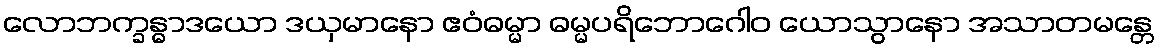
လောဘက္ခန္ဓာဒယော ဒယှမာနော ဧဝံဓမ္မာ ဓမ္မပရိဘောဂေါဝ ယောသွာနော အသာတမန္တေ